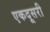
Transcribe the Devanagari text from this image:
एकदूसरी